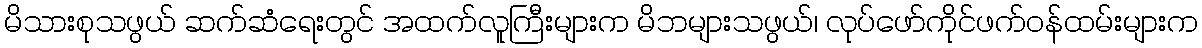
မိသားစုသဖွယ် ဆက်ဆံရေးတွင် အထက်လူကြီးများက မိဘများသဖွယ်၊ လုပ်ဖော်ကိုင်ဖက်ဝန်ထမ်းများက